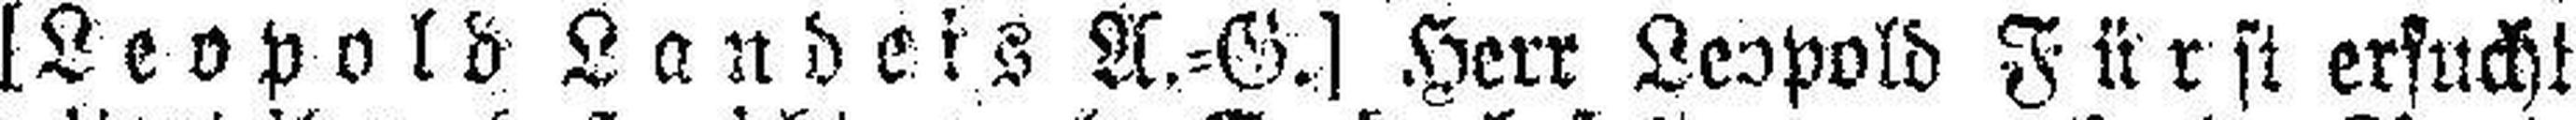
[Leopold Landeis A.=G.] Herr Leopold Fürst ersucht